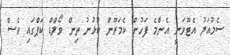
ސެމުއަލު އެޓޫވަނީ އެންމެ ފަހުން ކެމަރޫން ކުޅުނު ތިން ވޯލްޑް ކަޕްގައި ވެސް